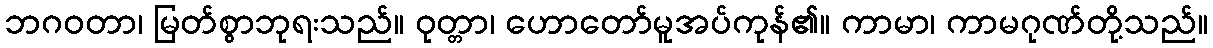
ဘဂဝတာ၊ မြတ်စွာဘုရးသည်။ ဝုတ္တာ၊ ဟောတော်မူအပ်ကုန်၏။ ကာမာ၊ ကာမဂုဏ်တို့သည်။